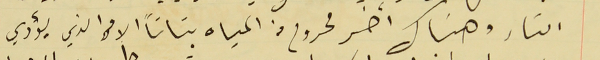
امتار وهناك آخر محروم من المياه بتاتاً الامر الذي يؤدي